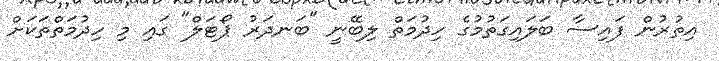
އިތުރުން ފައިސާ ބަލައިގަތުމުގެ ހިދުމަތް ލިބޭނީ "ބަނދަރު ޕޯޓަލް" ގައި މި ހިދުމަތްތަކަށް